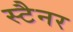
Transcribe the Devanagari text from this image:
स्टैनर